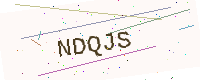
Text: NDQJS